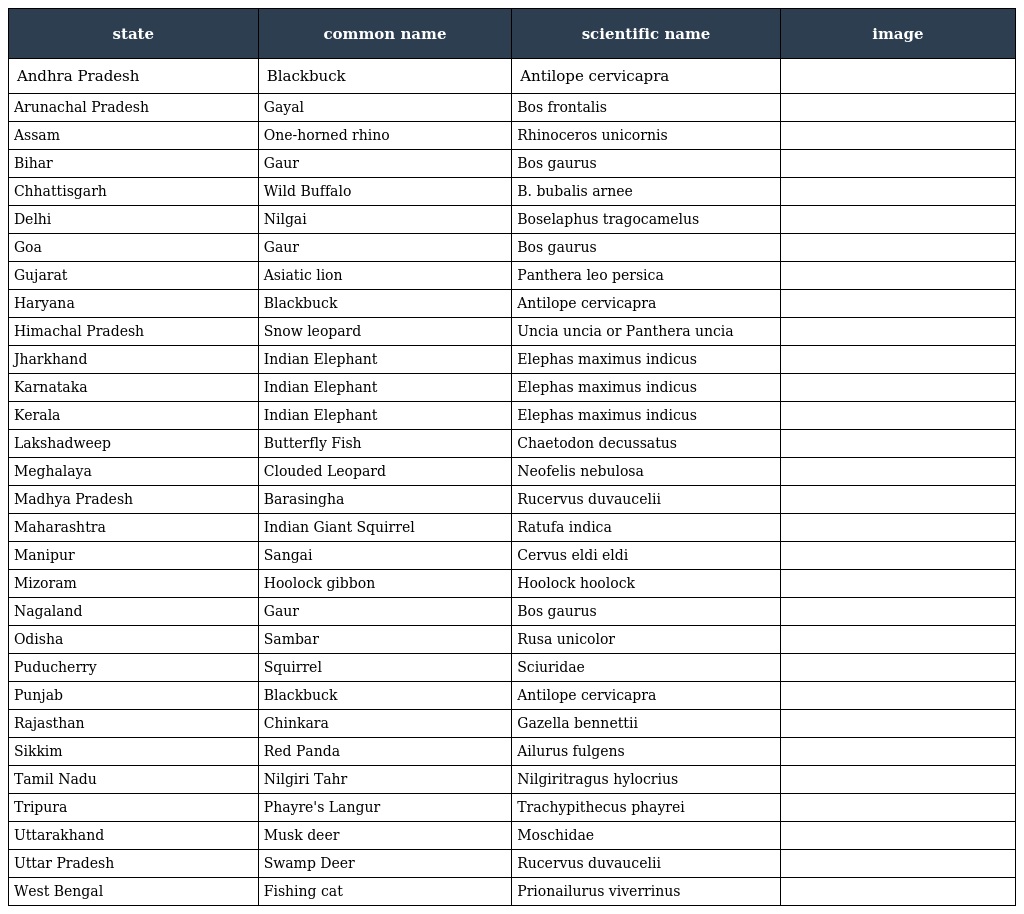
| state | common name | scientific name | image |
 | --- | --- | --- | --- |
 | Andhra Pradesh | Blackbuck | Antilope cervicapra |  |
 | Arunachal Pradesh | Gayal | Bos frontalis |  |
 | Assam | One-horned rhino | Rhinoceros unicornis |  |
 | Bihar | Gaur | Bos gaurus |  |
 | Chhattisgarh | Wild Buffalo | B. bubalis arnee |  |
 | Delhi | Nilgai | Boselaphus tragocamelus |  |
 | Goa | Gaur | Bos gaurus |  |
 | Gujarat | Asiatic lion | Panthera leo persica |  |
 | Haryana | Blackbuck | Antilope cervicapra |  |
 | Himachal Pradesh | Snow leopard | Uncia uncia or Panthera uncia |  |
 | Jharkhand | Indian Elephant | Elephas maximus indicus |  |
 | Karnataka | Indian Elephant | Elephas maximus indicus |  |
 | Kerala | Indian Elephant | Elephas maximus indicus |  |
 | Lakshadweep | Butterfly Fish | Chaetodon decussatus |  |
 | Meghalaya | Clouded Leopard | Neofelis nebulosa |  |
 | Madhya Pradesh | Barasingha | Rucervus duvaucelii |  |
 | Maharashtra | Indian Giant Squirrel | Ratufa indica |  |
 | Manipur | Sangai | Cervus eldi eldi |  |
 | Mizoram | Hoolock gibbon | Hoolock hoolock |  |
 | Nagaland | Gaur | Bos gaurus |  |
 | Odisha | Sambar | Rusa unicolor |  |
 | Puducherry | Squirrel | Sciuridae |  |
 | Punjab | Blackbuck | Antilope cervicapra |  |
 | Rajasthan | Chinkara | Gazella bennettii |  |
 | Sikkim | Red Panda | Ailurus fulgens |  |
 | Tamil Nadu | Nilgiri Tahr | Nilgiritragus hylocrius |  |
 | Tripura | Phayre's Langur | Trachypithecus phayrei |  |
 | Uttarakhand | Musk deer | Moschidae |  |
 | Uttar Pradesh | Swamp Deer | Rucervus duvaucelii |  |
 | West Bengal | Fishing cat | Prionailurus viverrinus |  |